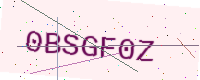
Text: 0BSGF0Z